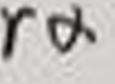
$\rho\alpha$